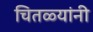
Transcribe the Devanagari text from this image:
चितळ्यांनी